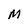
Character: M